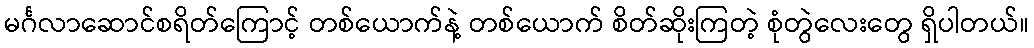
မင်္ဂလာဆောင်စရိတ်ကြောင့် တစ်ယောက်နဲ့ တစ်ယောက် စိတ်ဆိုးကြတဲ့ စုံတွဲလေးတွေ ရှိပါတယ်။